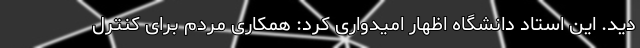
دید. این استاد دانشگاه اظهار امیدواری کرد: همکاری مردم برای کنترل